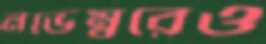
নভেম্বরেও